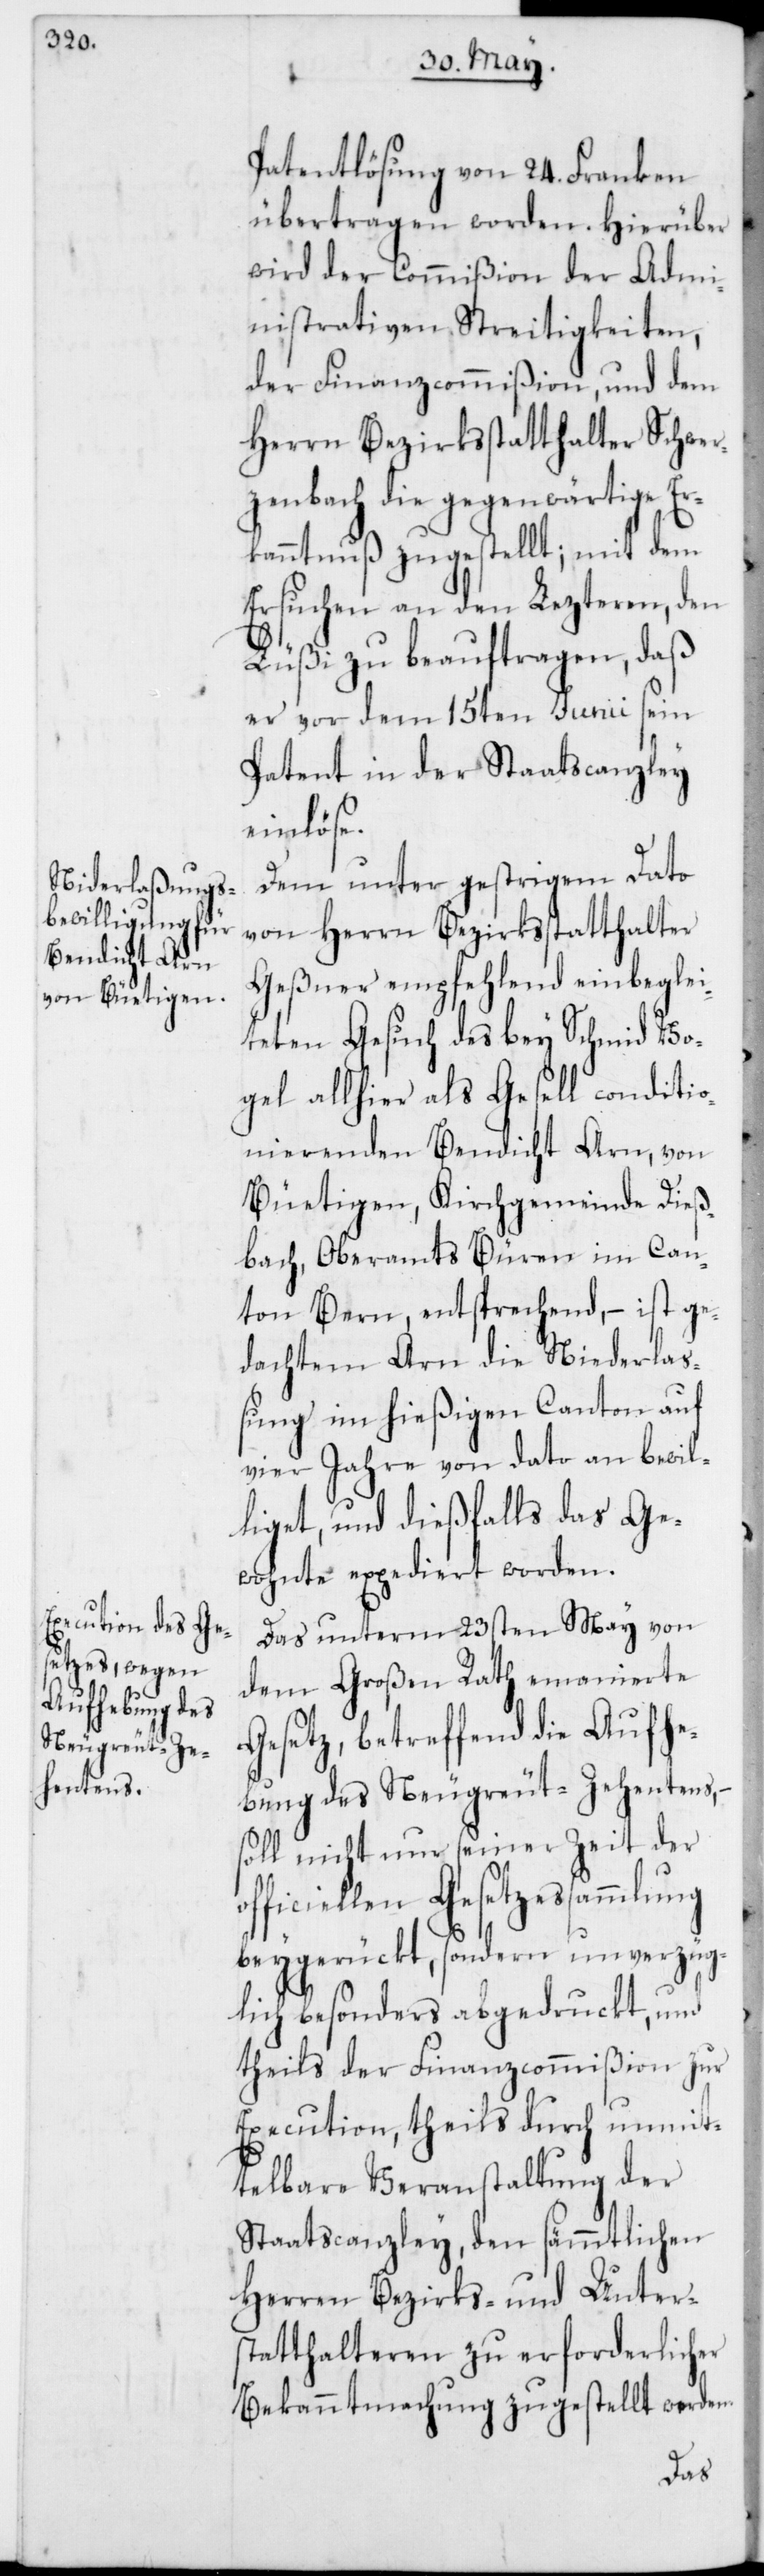
Patentlösung von 24. Franken
übertragen worden. Hierüber
wird der Commißion der Admi¬
nistrativen Streitigkeiten,
der Finanzcommißion und dem
Herrn Bezirkstatthalter Schwer¬
zenbach die gegenwärtige Er¬
kanntnuß zugestellt; mit dem
Ersuchen an den Lezteren, den
Lüßi zu beauftragen, daß
er vor dem 15ten Junii sein
Patent in der Staatscanzley
officie¬
Dem unter gestrigem Dato
von Herrn Bezirksstatthalter
Geßner empfehlend einbeglei¬
teten Gesuch des bey Schmid Vo¬
gel allhier als Gesell conditio¬
nierenden Bendicht Arn, von
Büetigen, Kirchgemeinde Dieß¬
bach, Oberamts Büren im Can¬
ton Bern, entsprechend, – ist ge¬
dachtem Arn die Niederla¬
ßung im hießigen Canton auf
vier Jahre von dato an bewil¬
liget, und dießfalls das Ge¬
wohnte expediert worden.
Das unterm 23sten May von
dem Großen Rath emanierte
Gesetz, betreffend die Aufhe¬
bung des Neugreut-Zehentens,
soll nicht nur seiner Zeit der
llen Gesetzessammlung
beygerückt, sondern unverzüg¬
lich besonders abgedruckt, und
theils der Finanzcommißion zur
Execution, theils durch unmit¬
telbare Veranstaltung der
Staatscanzley, den sämmtlichen
Herren Bezirks- und Unters¬
tatthalteren zu erforderlicher
Bekanntmachung zugestellt werden.